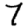
Digit: 7